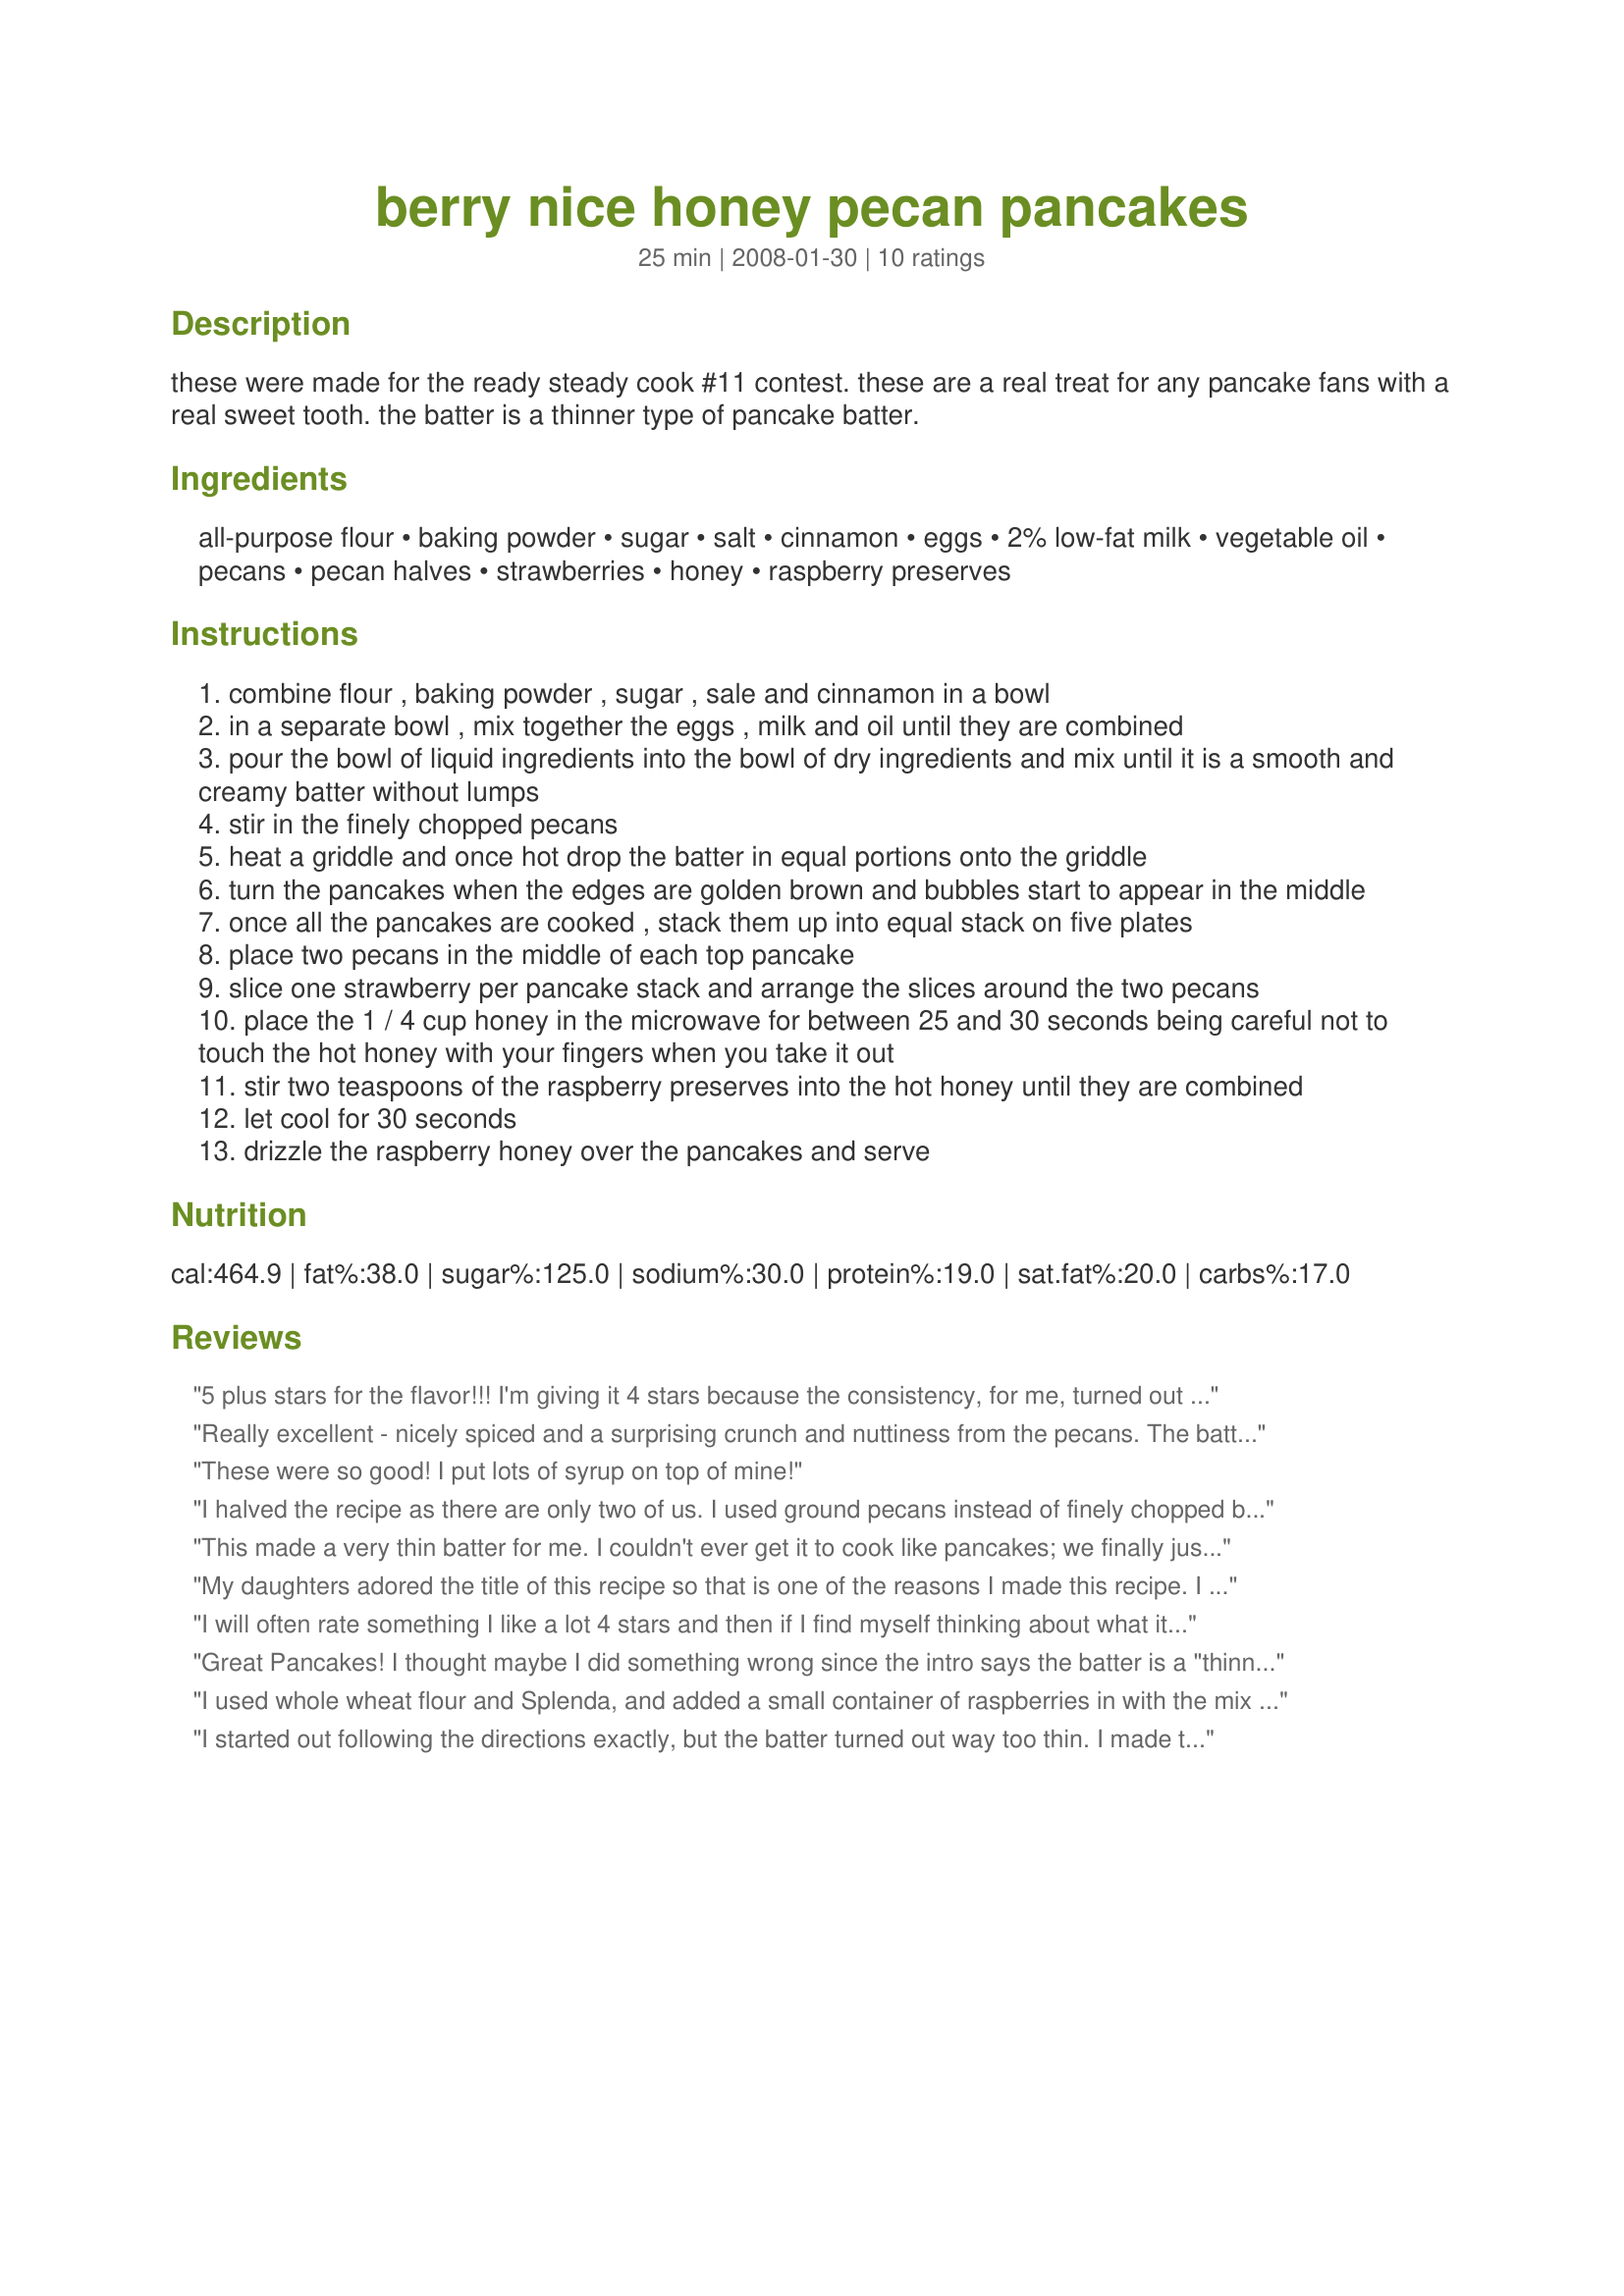
berry nice honey pecan pancakes
Preparation time: 25 minutes

these were made for the ready steady cook #11 contest. these are a real treat for any pancake fans with a real sweet tooth. the batter is a thinner type of pancake batter.

Ingredients:
all-purpose flour, baking powder, sugar, salt, cinnamon, eggs, 2% low-fat milk, vegetable oil, pecans, pecan halves, strawberries, honey, raspberry preserves

Steps:
combine flour , baking powder , sugar , sale and cinnamon in a bowl
in a separate bowl , mix together the eggs , milk and oil until they are combined
pour the bowl of liquid ingredients into the bowl of dry ingredients and mix until it is a smooth and creamy batter without lumps
stir in the finely chopped pecans
heat a griddle and once hot drop the batter in equal portions onto the griddle
turn the pancakes when the edges are golden brown and bubbles start to appear in the middle
once all the pancakes are cooked , stack them up into equal stack on five plates
place two pecans in the middle of each top pancake
slice one strawberry per pancake stack and arrange the slices around the two pecans
place the 1 / 4 cup honey in the microwave for between 25 and 30 seconds being careful not to touch the hot honey with your fingers when you take it out
stir two teaspoons of the raspberry preserves into the hot honey until they are combined
let cool for 30 seconds
drizzle the raspberry honey over the pancakes and serve

Reviews:
5 plus stars for the flavor!!! I'm giving it 4 stars because the consistency, for me, turned out too thin. I'll have to experiment with the consistency because I WILL be making these pancakes a lot. My kids flipped over the flavor. In fact, I'm craving them right now. Love the pecans and the hint of cinnamon. So yummy. I really liked the honey raspberry syrup, but my kids just wanted plain ol' syrup..go figure. Thanks for the yummy breakfast. :-)
Really excellent - nicely spiced and a surprising crunch and nuttiness from the pecans. The batter is on the thin side but I just added 1/2 cup more flour and that was fine with the amount of baking powder. I enjoyed the hot honey/raspberry preserves mixture, my kids went for maple syrup. :-)
These were so good! I put lots of syrup on top of mine!
I halved the recipe as there are only two of us. I used ground pecans instead of finely chopped because that is what I had on hand. Mine were more black than golden brown and I never had a chance to wait for bubbles to form in the middle. I'm not sure if it was perhaps because of the ground pecans. I am wondering if there is an error with the amount of baking powder and it should have been teaspoons instead of tablespoons? My batter was quite thick and goey, and the pancakes were very very thick, but not necessarily fluffy. However, despite all of that, they did taste great and I especially liked the raspberry honey. I will likely try these again but try to reduce the baking powder.
This made a very thin batter for me. I couldn't ever get it to cook like pancakes; we finally just made crepes.
My daughters adored the title of this recipe so that is one of the reasons I made this recipe. I was also craving something with pecans. These worked out well for our morning breakfast. I subbed 1/3 of the flour for whole wheat. I only used half the sugar/honey and used coconut oil. I thought 2 tablespoons of baking powder was overkill and used only half. I only used a little over half the milk either...and I am glad because the batter was almost too thin. But the pancakes tasted great!. Loved the nuttiness. We will make them again for sure. Also, I skipped the honey and raspberry topping. I kinda thought the kids would pass on it and it was one extra thing to do when serving it with a bottle of maple syrup was so quick. Thanks for sharing! Made for my Babes for ZWT4.
I will often rate something I like a lot 4 stars and then if I find myself thinking about what it was I ate or making it again and again, bumping it up to 5. I made these pancakes yesterday morning and my DH and I were debating 4 & 5 stars, looked like a 4, but as I started to make breakfast this morning, without really thinking about it I said " I sure could use some more of those pecan pancakes" - 5 STARS!
I used half white and half whole wheat pastry flour which really compliments the pecans, bumped up the cinnamon and added vanilla extract. My milk was a mixture of non-fat and 1/2 & 1/2.
We had eaten our first few when I realized I hadn't added the oil! They tasted fine without it and they didn't stick - so I guess with as thin as they are the fat from the milk was all they needed. 
This batter is very thinn but that was ok, you just have to stir before you pour, because the nuts sink. DH had his with sugarfree maple syrup. I mixed honey and jam into some soft butter until I got a flavor balance I like and added a little bit of fresh lemon juice which kept the flavor bright but took the edge off the sweetness. Thank you Sarah_Jayne for posting this wonderful recipe. Reviewed by a Chic Chef for ZWT 4 Family Picks
Great Pancakes! I thought maybe I did something wrong since the intro says the batter is a "thinner type of batter," but I checked and double checked and I added everything right. My batter about doubled in size and was thick and airy. The result was beautifully fluffy pancakes. The raspberry flavored honey was interestingly good. The six year old added syrup to his, but I liked mine with just the honey sauce. Great Recipe Chef! Good Luck!
I used whole wheat flour and Splenda, and added a small container of raspberries in with the mix to whip these up, and they were great! What a lovely breakfast for me this morning. I halved the recipe where it is just my DS and I. I enjoyed them so much in fact, they are headed to my favorites right now! Thank you for sharing Sarah! Made for Zaar Stars Tag Game Linda
I started out following the directions exactly, but the batter turned out way too thin. I made two pancakes using the thin batter and they turned out to be about 1/8" thick. I added 1/2 cup of flour to the remaining batter and the pancakes turned out better. I think I would of liked these better without the chopped pecans in the pancakes. The syrup was good. I used 1/2 cup of honey with 6 teaspoons of raspberry preserves.
